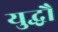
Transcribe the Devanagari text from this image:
युद्धौं